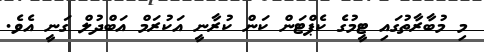
މި މުބާރާތުގައި ޓީމުގެ ކެޕްޓަން ކަން ކުރާނީ އަކުރަމް އަބްދުލް ގަނީ އެވެ.